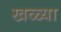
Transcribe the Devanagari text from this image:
खळ्या